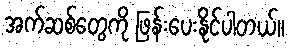
အက်ဆစ်တွေကို ဖြန်းပေးနိုင်ပါတယ်။